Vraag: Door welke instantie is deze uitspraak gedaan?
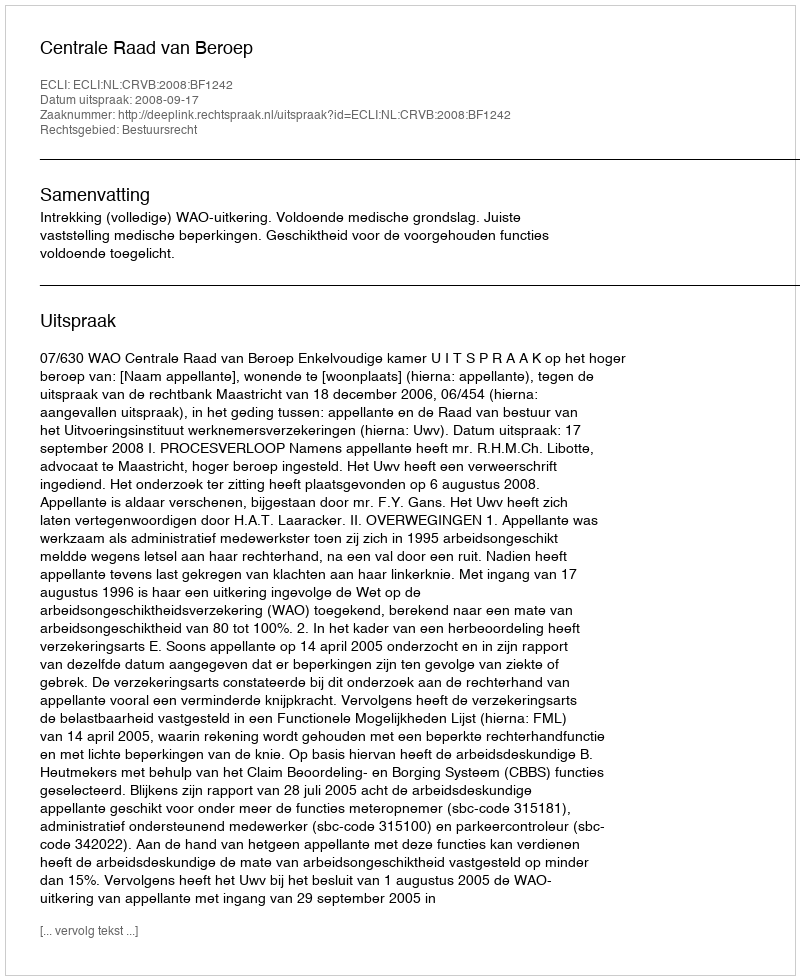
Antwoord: Centrale Raad van Beroep